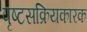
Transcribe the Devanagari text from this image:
पृष्टसक्रियकारक